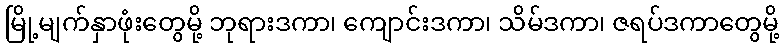
မြို့မျက်နှာဖုံးတွေမို့ ဘုရားဒကာ၊ ကျောင်းဒကာ၊ သိမ်ဒကာ၊ ဇရပ်ဒကာတွေမို့